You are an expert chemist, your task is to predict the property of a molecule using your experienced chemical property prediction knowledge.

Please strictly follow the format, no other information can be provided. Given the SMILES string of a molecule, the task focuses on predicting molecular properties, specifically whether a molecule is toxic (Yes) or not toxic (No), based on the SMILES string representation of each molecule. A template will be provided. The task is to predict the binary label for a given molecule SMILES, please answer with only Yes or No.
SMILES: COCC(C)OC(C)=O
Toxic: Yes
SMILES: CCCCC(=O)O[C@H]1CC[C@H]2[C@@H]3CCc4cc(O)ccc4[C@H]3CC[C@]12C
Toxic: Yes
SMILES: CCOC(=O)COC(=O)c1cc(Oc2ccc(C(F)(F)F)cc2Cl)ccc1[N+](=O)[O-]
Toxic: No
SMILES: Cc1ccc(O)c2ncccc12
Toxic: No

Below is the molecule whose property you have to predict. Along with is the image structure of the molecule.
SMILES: CCCCCCCCCCCCc1ccccc1O
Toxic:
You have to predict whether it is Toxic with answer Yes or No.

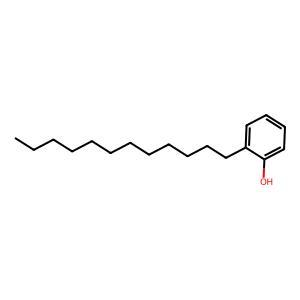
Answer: No